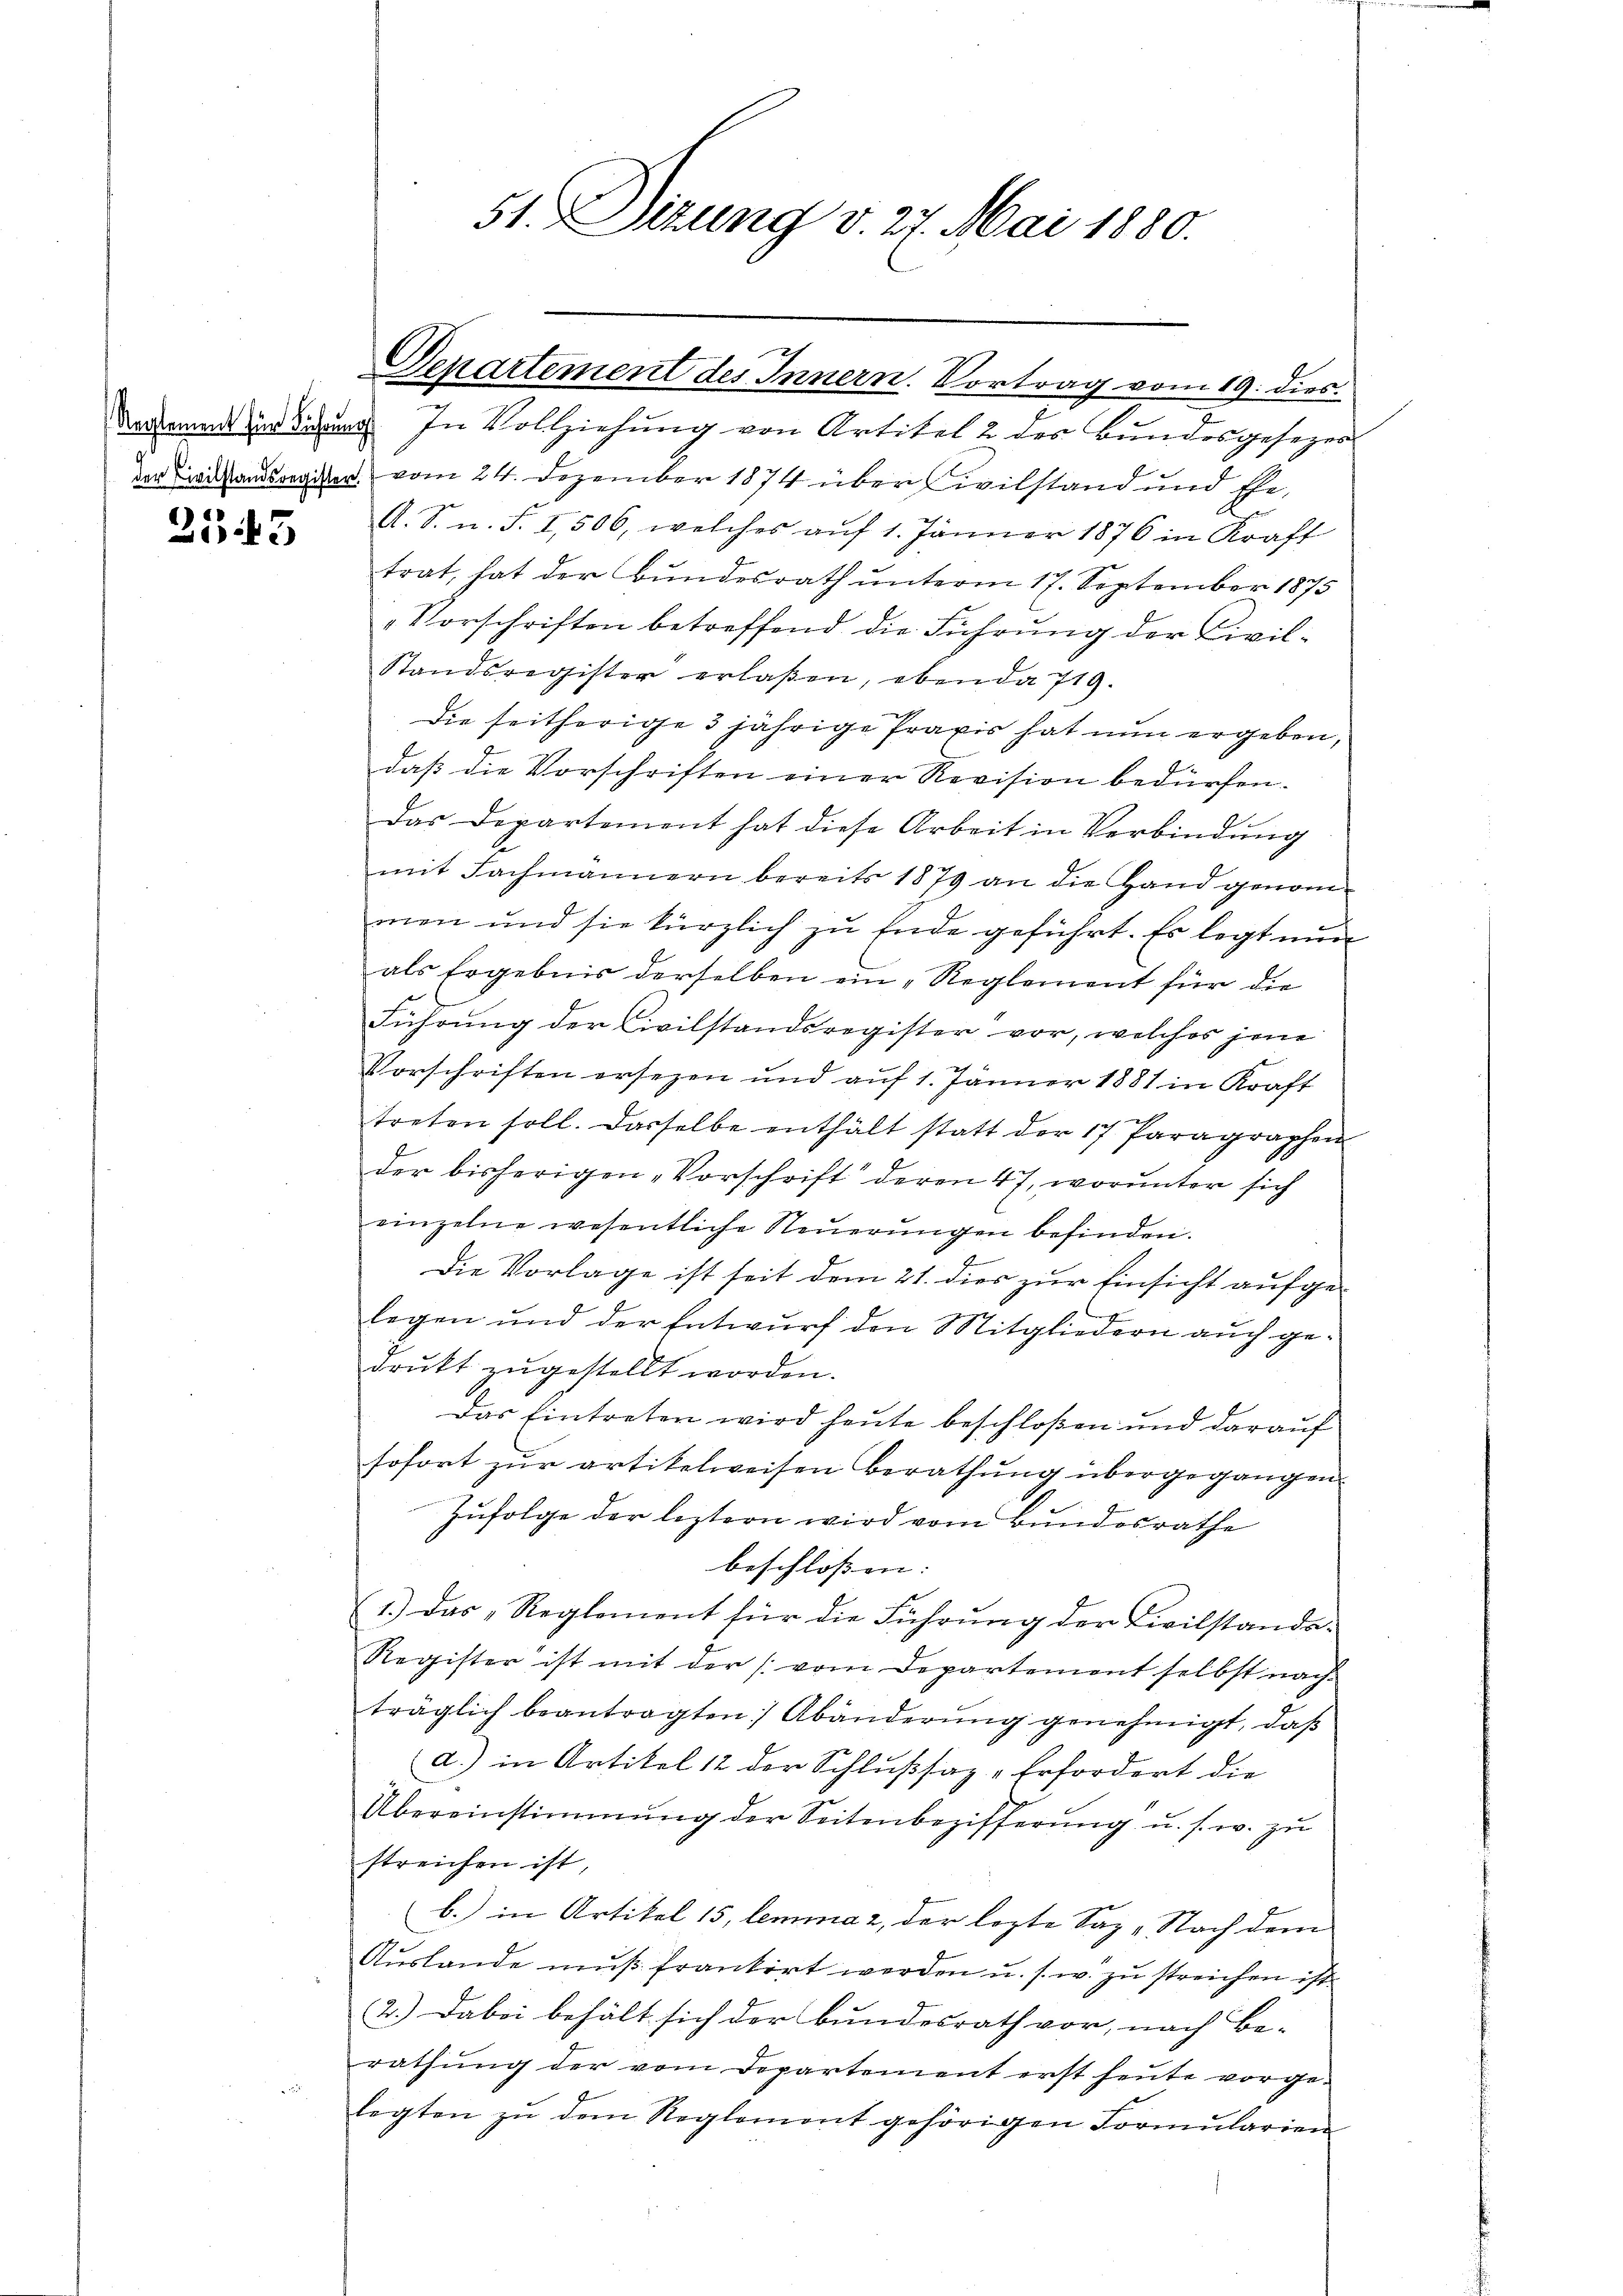
2543

vorkommt zu dedung. In Vollziehung von Artikel 2 des Bundesgesezes
der Civilandsonitor vom 24. Dezember 1874 über Civilstand und Ehe-
A. S. n. F. I, 506, welches aŭf 1. Jänner 1876 in Kraft
trat, hat der Bundesrath unterm 17. September 1875
"Vorschriften betreffend die Führung der Civil¬
Standsregister erlaßen, eben da 719.
Die seitherige 3 jährige Praxis hat nun ergeben,
daß die Vorschriften einer Revision bedürfen.
Das Departement hat diese Arbeit in Verbindung
mit Fachmännern bereits 1879 an die Hand genommen und sie kürzlich zu Ende geführt. Es legt nun
als Ergebnis derselben ein „Reglement für die
Führung der Civilstandsregister vor, welches jene
Vorschriften ersezen und auf 1. Jänner 1881 in Kraft
treten soll. Dasselbe enthält statt der 17 Paragraphen
der bisherigen Vorschrift deren 47, worunter sich
einzelne wesentliche Neuerungen befinden.
Die Vorlage ist seit dem 21. dies zur Einsicht aufgelegen und der Entwurf den Mitgliedern auch gedrukt zugestellt worden.
Das Eintreten wird heute beschloßen und darauf
sofort zur artikelweisen Berathung übergegangen.
Zufolge der leztern wird vom Bundesrathe
beschlossen:
1.) Das „Reglement für die Führung der Civilstanda¬
Register ist mit der (vom Departemont selbst nach
träglich beantragten Abänderŭng genehmigt, daβ
a.) in Artikel 12 der Schlußsaz-Erfordert die
Übereinstimmung der Seitenbezifferŭng u. s. w. zŭ
streichen ist,
b.) in Artikel 15, lemma 2, der lezte Sap. Nach dem
Aŭslande mŭβ frankirt werden u. s. w. zu streichen ist.
2.) Dabei behält sich der Bundesrath vor, nach Be-
rathung der vom Departement erst heute vorge-
legten zŭ dem Reglement gehörigen Formularien

51. Dizung v. 27. Mai 1880.

Genartement des Innern. Vortrag vom 19. dies